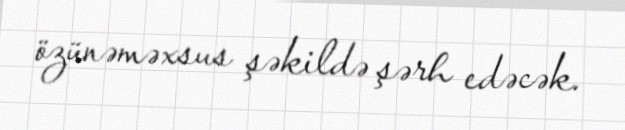
özünəməxsus şəkildə şərh edəcək.